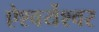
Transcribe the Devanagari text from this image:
ऐश्वर्येश्वर